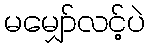
မမျှော်လင့်ပဲ